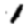
Digit: 1